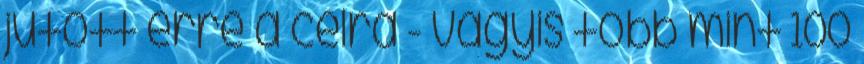
jutott erre a célra - vagyis több mint 100